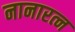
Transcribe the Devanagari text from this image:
नानारत्न